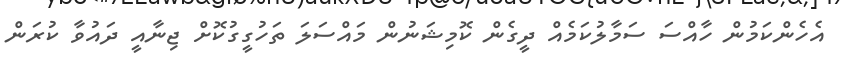
އެހެންކަމުން ހާއްސަ ސަމާލުކަމެއް ދީގެން ކޮމިޝަނުން މައްސަލަ ތަހުގީގުކޮށް ޖިނާއީ ދައުވާ ކުރަން